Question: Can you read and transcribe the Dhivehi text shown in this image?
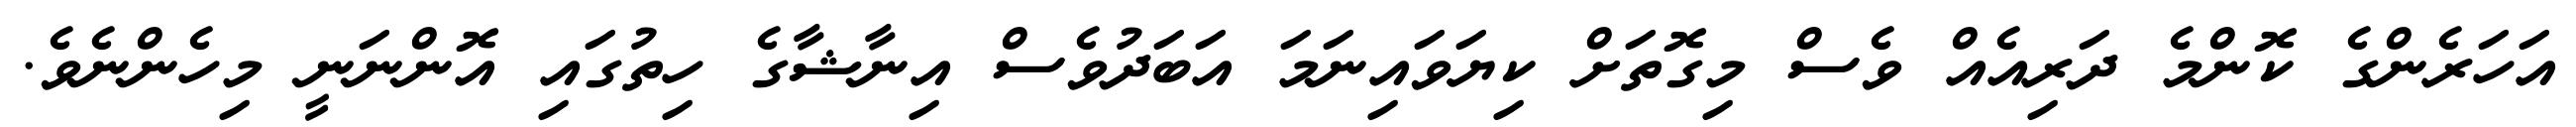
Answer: އަހަރެންގެ ކޮންމެ ދަރިއެއް ވެސް މިގޮތަށް ކިޔަވައިނަމަ އަބަދުވެސް އިނާޝާގެ ހިތުގައި އޮންނަނީ މިހެންނެވެ.